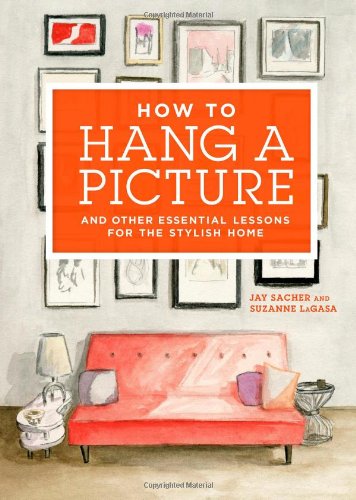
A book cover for How to Hang a Picture: And Other Essential Lessons for the Stylish Home; Jay Sacher; Crafts, Hobbies & Home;